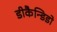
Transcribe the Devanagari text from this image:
डीकैन्डिडो